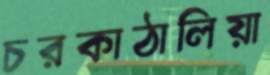
চরকাঠালিয়া